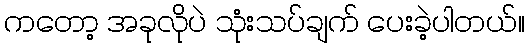
ကတော့ အခုလိုပဲ သုံးသပ်ချက် ပေးခဲ့ပါတယ်။